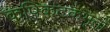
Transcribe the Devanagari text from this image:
कपिकटकभृतो